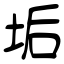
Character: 垢